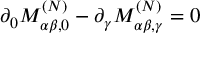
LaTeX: \partial _ { 0 } M _ { \alpha \beta , 0 } ^ { ( N ) } - \partial _ { \gamma } M _ { \alpha \beta , \gamma } ^ { ( N ) } = 0